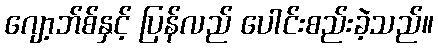
ဂျော့ဘ်စ်နှင့် ပြန်လည် ပေါင်းစည်းခဲ့သည်။